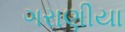
ગરાણીયા